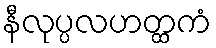
နီလုပ္ပလဟတ္ထကံ